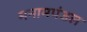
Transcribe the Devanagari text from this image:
मनामपंडल